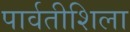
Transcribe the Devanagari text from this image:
पार्वतीशिला